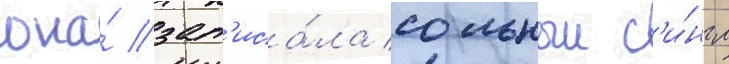
она́ зап'иса́ла сольныи с'и́нгл